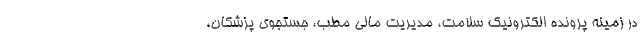
در زمینه پرونده الکترونیک سلامت، مدیریت مالی مطب، جستجوی پزشکان،